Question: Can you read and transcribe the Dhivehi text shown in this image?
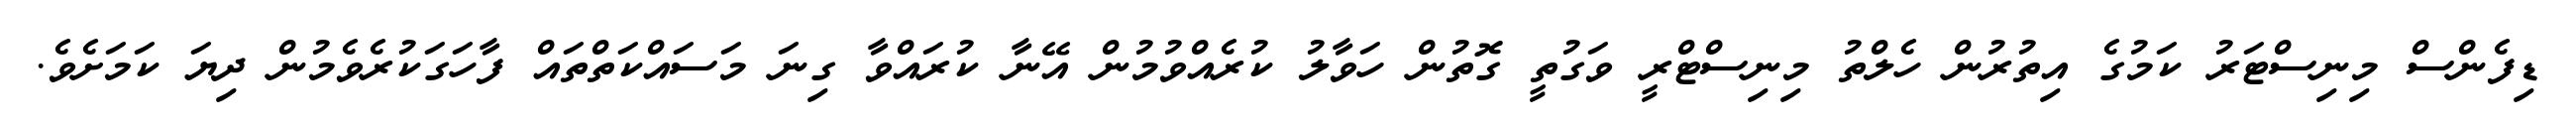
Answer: ޑިފެންސް މިނިސްޓަރު ކަމުގެ އިތުރުން ހެލްތު މިނިސްޓްރީ ވަގުތީ ގޮތުން ހަވާލު ކުރެއްވުމުން އޭނާ ކުރައްވާ ގިނަ މަސައްކަތްތައް ފާހަގަކުރެވެމުން ދިޔަ ކަމަށެވެ.